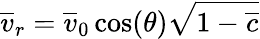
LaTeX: \overline{{v}}_{r}=\overline{{v}}_{0}\cos(\theta)\sqrt{1-\overline{{c}}}